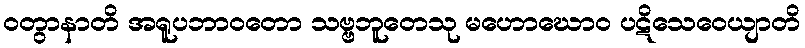
ဝတွာနာတိ အရူပဘာဝတော သဗ္ဗဘူတေသု မဟောဃောဝ ပဋိသေဝေယျာတိ